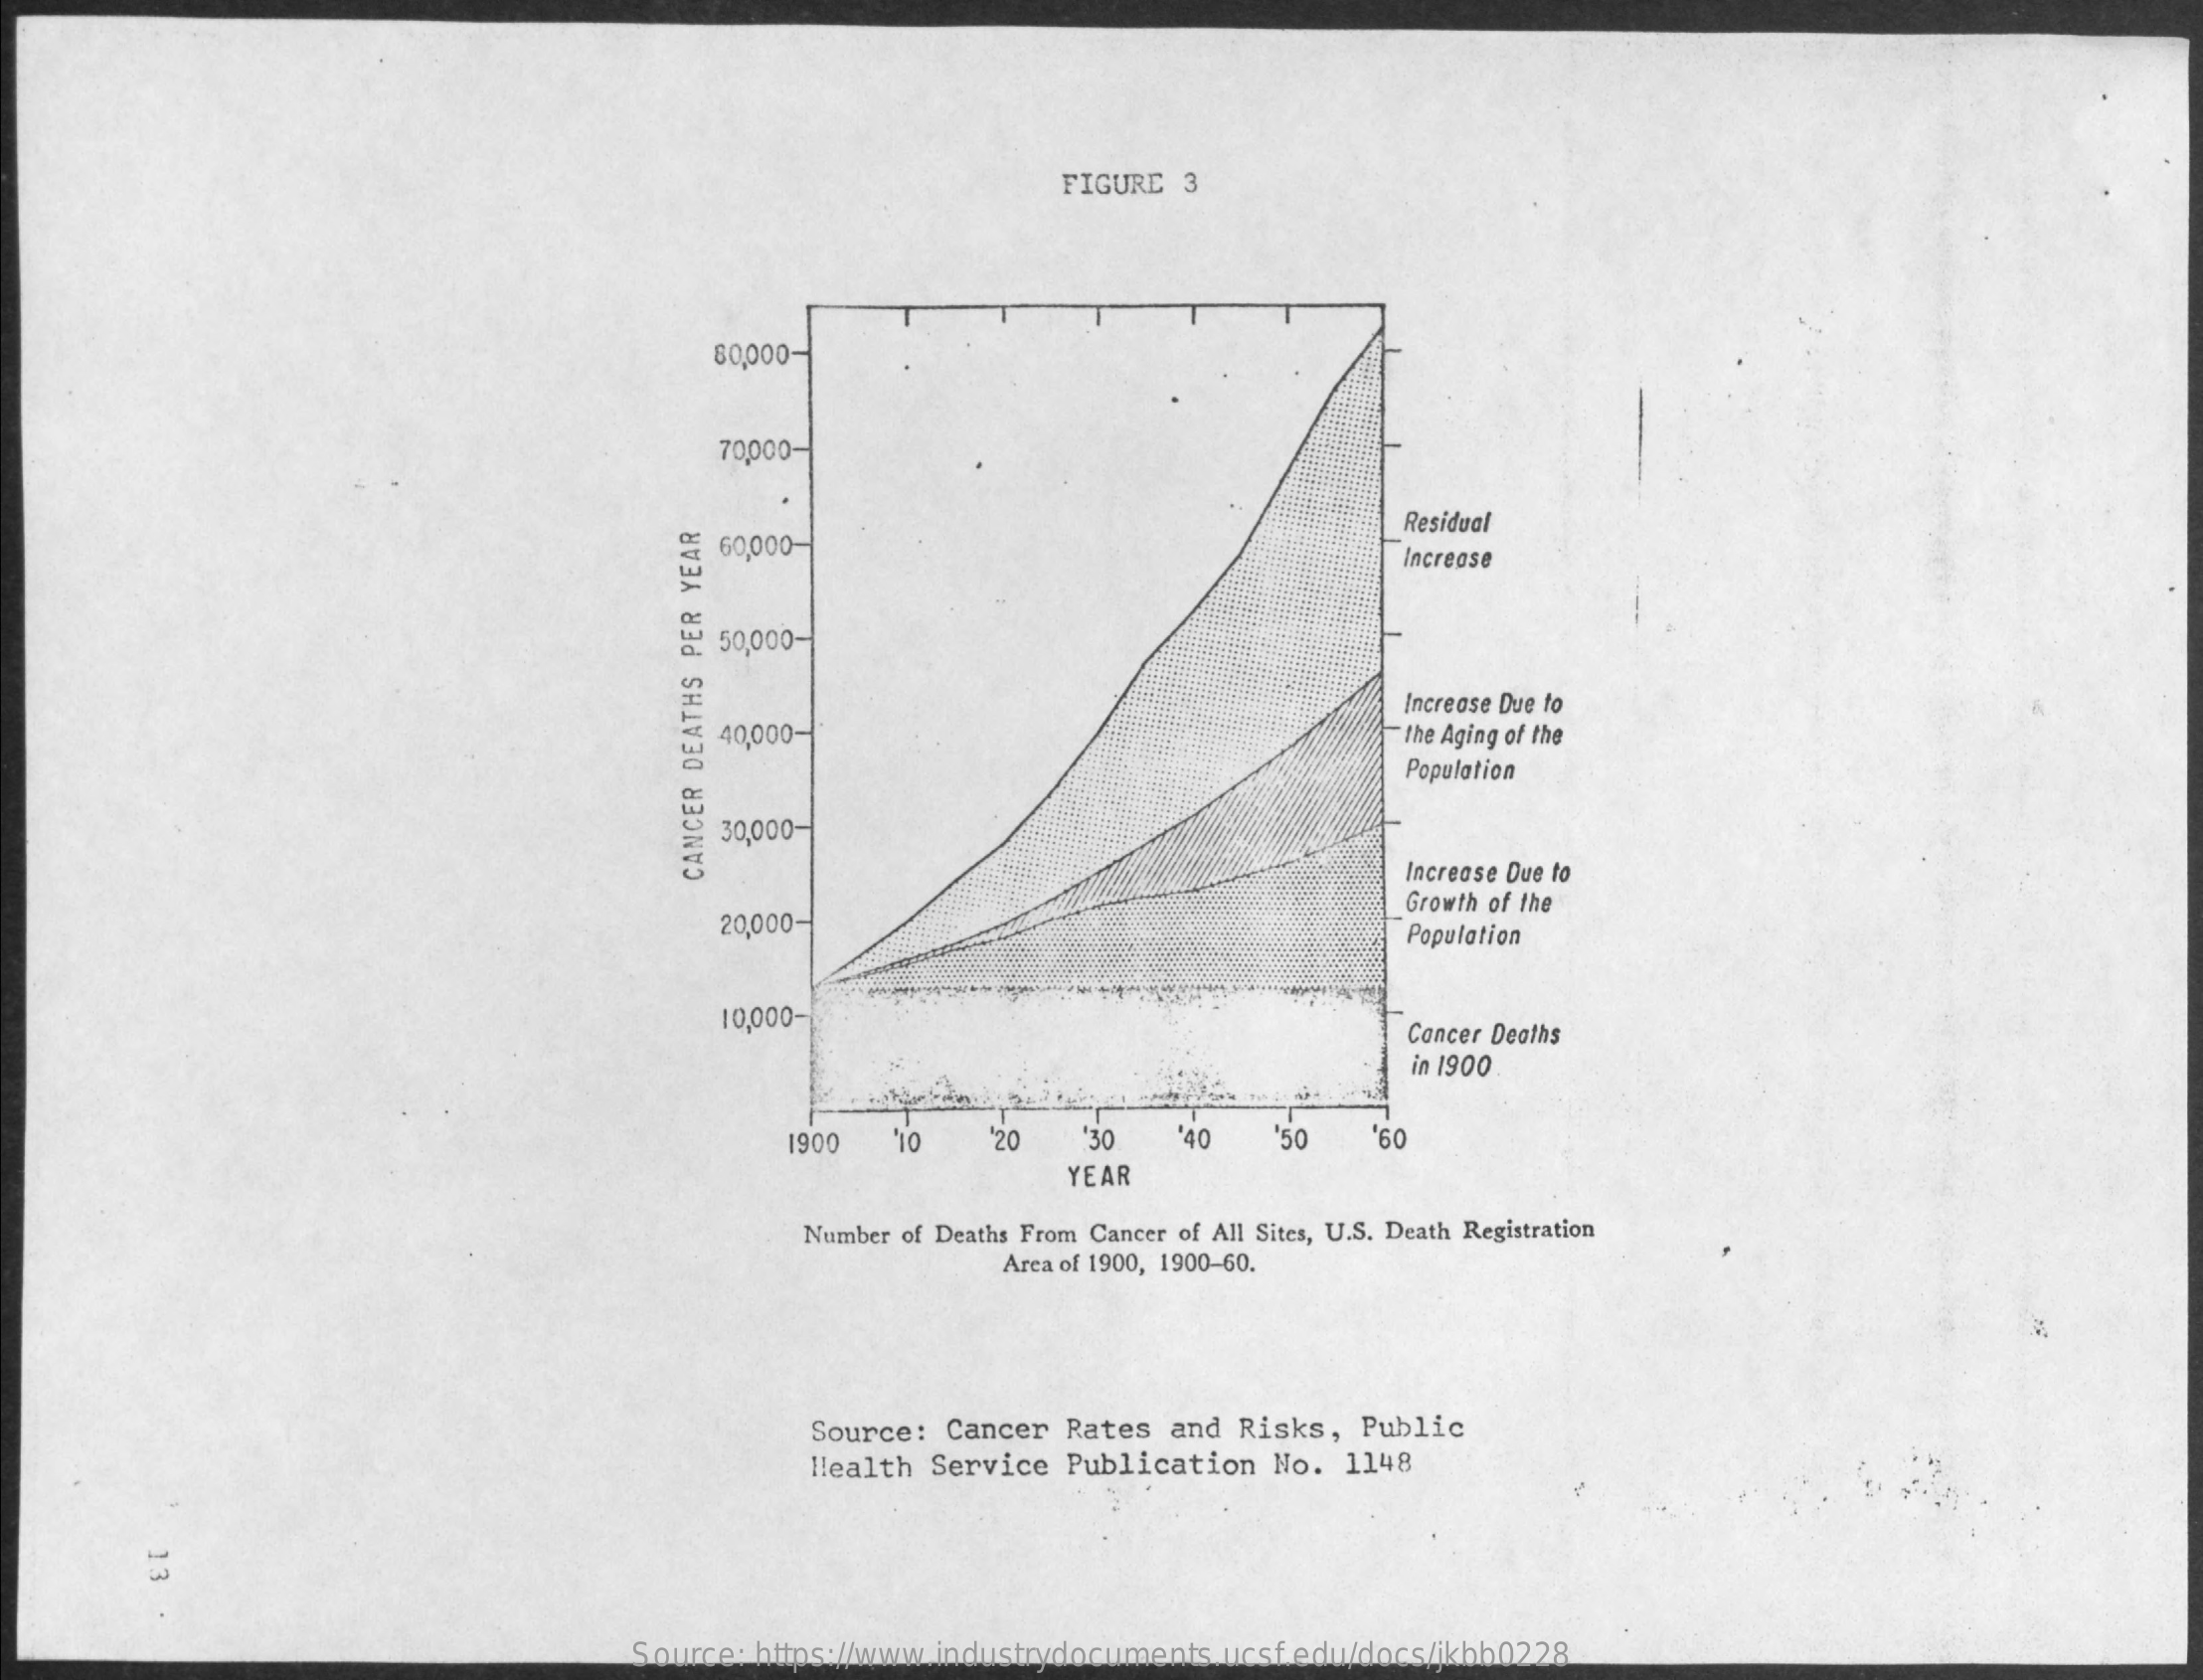
FIGURE  3
     80,000-
     70,000-
     ₹ 60,000-
     Residual
     Increase
     50,000-
     Increase Due to
     40,000-    the Aging of the
     Population
     30,000-
     Increase Due to
     CANCER
     DEATHS
     PER
     YEAR
     20,000-
     Growth of the
     Population
     10,000-    Cancer Deaths
     in 1900
     1900    120  "30   '40    '50
     YEAR
     09,
     Number of Deaths From Cancer of All Sites, U.S. Death Registration
     Area of 1900, 1900-60.
     Source:  Cancer Rates  and Risks,  Public
     Health  Service Publication  No.  1148
     Source: https://www.industrydocuments.ucsf.edu/docs/jkbb0228